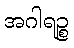
အဂါရဉ္စ